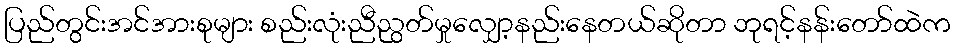
ပြည်တွင်းအင်အားစုများ စည်းလုံးညီညွတ်မှုလျှော့နည်းနေတယ်ဆိုတာ ဘုရင့်နန်းတော်ထဲက